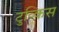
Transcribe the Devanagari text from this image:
टुव्किस